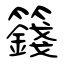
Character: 籛